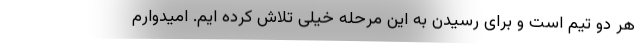
هر دو تیم است و برای رسیدن به این مرحله خیلی تلاش کرده ایم. امیدوارم